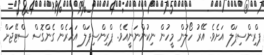
ޕްރިންސިޕަލް އަށެވެ. އޭރު ހޯލުން މީހުން ނިކުންނަނީއެވެ. ޕްރިންސިޕަލް އަހަރެން ގެންގޮސް ސްޓޭޖަށް